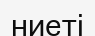
ниеті